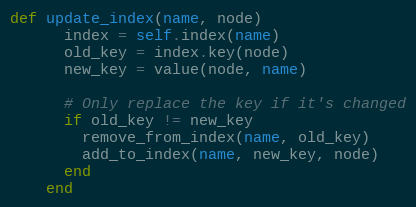
Language: Ruby
def update_index(name, node)
      index = self.index(name)
      old_key = index.key(node)
      new_key = value(node, name)

      # Only replace the key if it's changed
      if old_key != new_key
        remove_from_index(name, old_key)
        add_to_index(name, new_key, node)
      end
    end